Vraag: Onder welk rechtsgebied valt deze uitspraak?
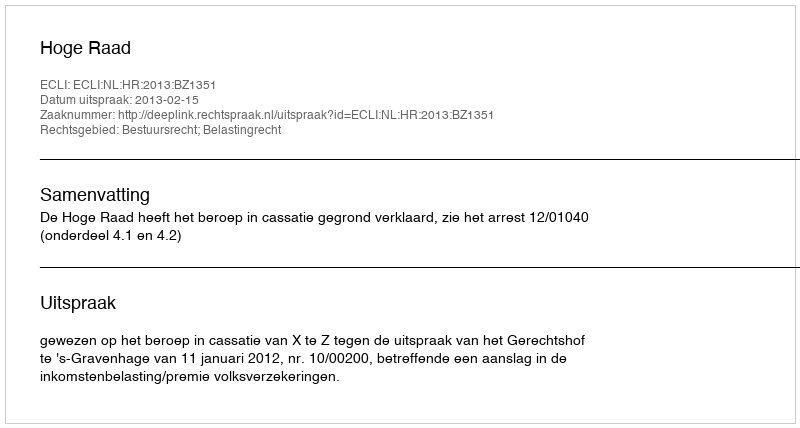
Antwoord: Bestuursrecht; Belastingrecht